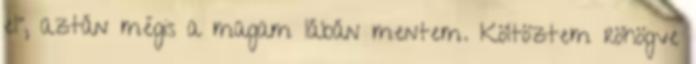
el", aztán mégis a magam lábán mentem. Költöztem röhögve